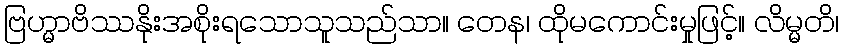
ဗြဟ္မာဗိဿနိုးအစိုးရသောသူသည်သာ။ တေန၊ ထိုမကောင်းမှုဖြင့်။ လိမ္မတိ၊